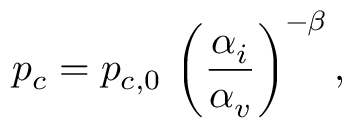
p _ { c } = p _ { c , 0 } \, \left( \frac { \alpha _ { i } } { \alpha _ { v } } \right) ^ { - \beta } ,